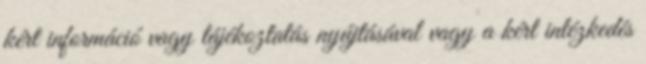
kért információ vagy tájékoztatás nyújtásával vagy a kért intézkedés